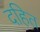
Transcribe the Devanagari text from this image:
दहित